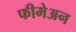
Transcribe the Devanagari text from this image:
फीमेअन